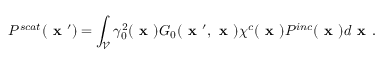
P ^ { s c a t } ( \textbf { x } ^ { \prime } ) = \int _ { \mathcal { V } } \gamma _ { 0 } ^ { 2 } ( \textbf { x } ) G _ { 0 } ( \textbf { x } ^ { \prime } , \textbf { x } ) \chi ^ { c } ( \textbf { x } ) P ^ { i n c } ( \textbf { x } ) d \textbf { x } .